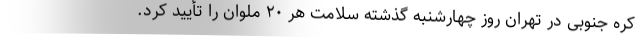
کره جنوبی در تهران روز چهارشنبه گذشته سلامت هر ۲۰ ملوان را تأیید کرد.